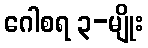
ဂေါစရ ၃-မျိုး